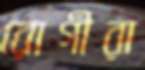
রোগীরা